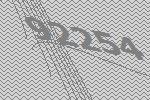
92254